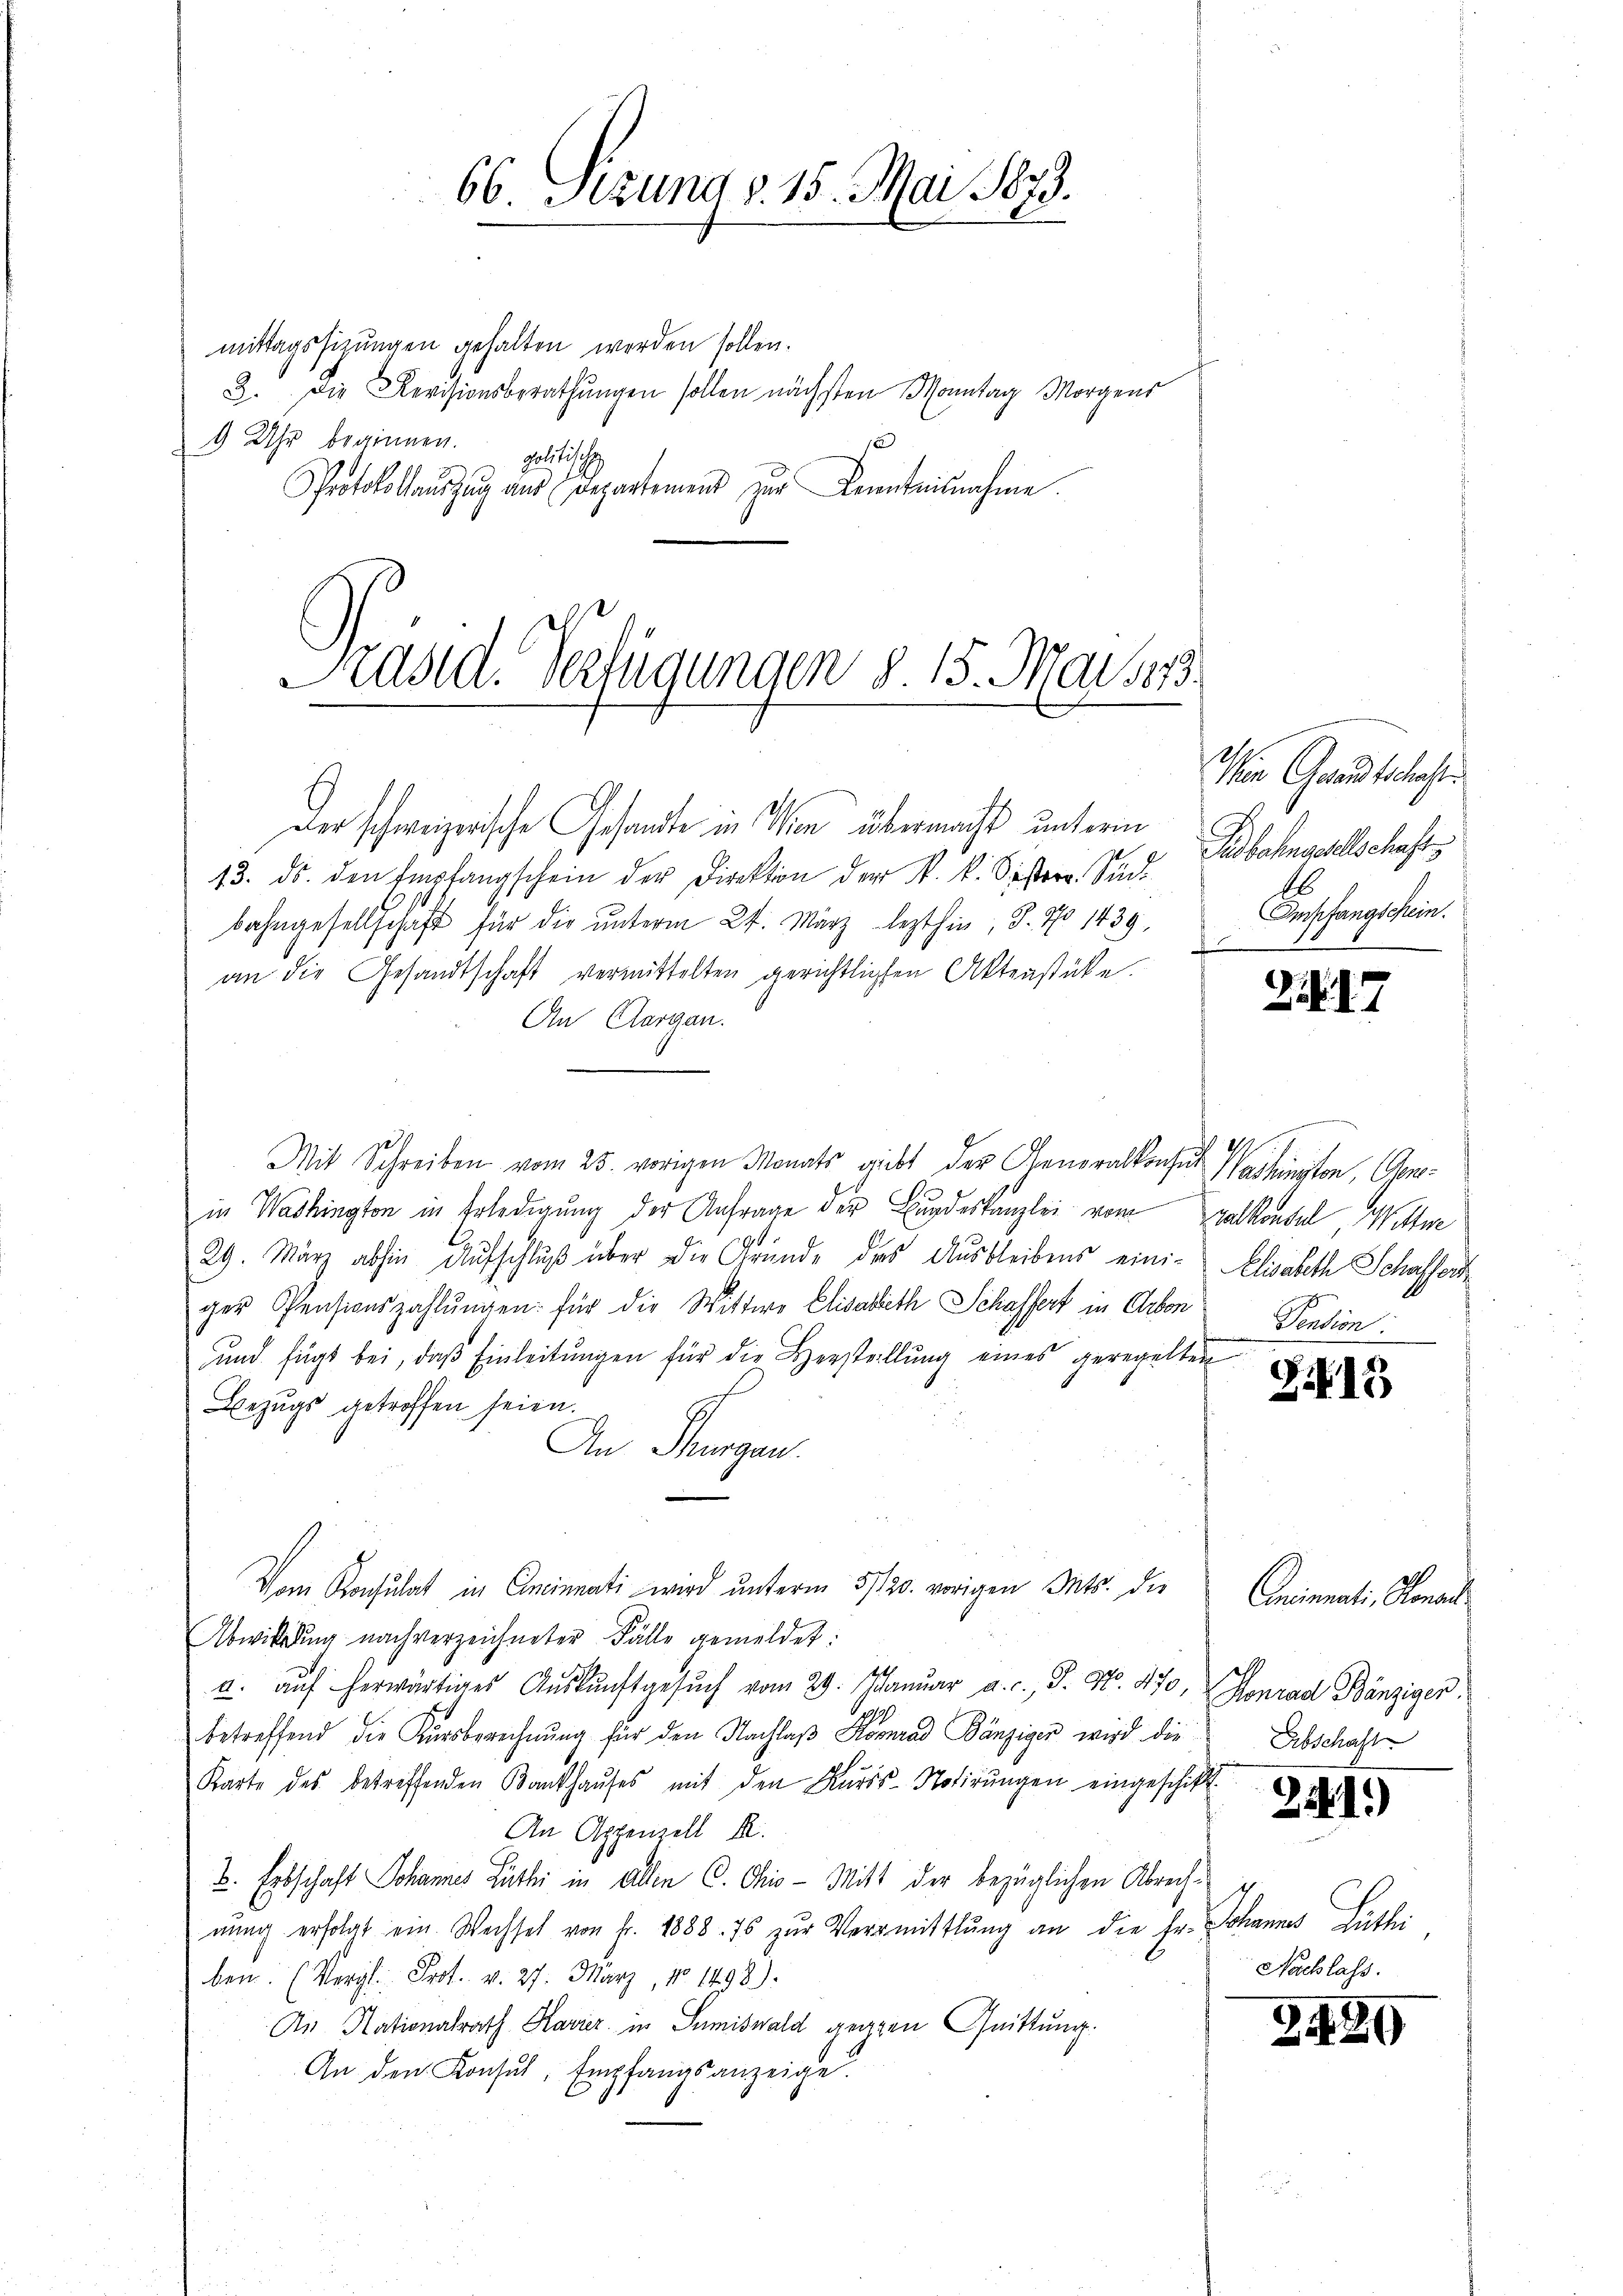
66 Sizung v. 15. Mai 1879.

mittagssizungen gehalten werden sollen.
B. Die Revisionsberathungen sollen nächsten Monntag Morgens
1 Uhr beginnen.
politisch
Protokollauszug aus Departemen zur Kenntnisnahme.

asid. Verfügungen §. 15. Mai 1873.

Der schweizerische Gesandte in Wien übermacht unterm
13. ds. den Empfangschein der Direktion der K. k. Sister. Süd
bahngesellschaft für die unterm 24. März lezthin, 8. No 1439,
an die Gesandtschaft vermittelten gerichtlichen Aktenstüke.
An Aargau.
Mit Schreiben vom 25. vorigen Monats gibt der Generalkonsul Washington, Genein Washington in Erledigung der Anfrage der Bundeskanzlei vom Balkontal Wittwe
29. März abhin Aufschluß über die Gründe das Ausbleibens eini- Elisabeth Schaffert
ger Pensionszahlŭngen: für die Wittwe Elisabeth Schaffert in Arbon
und fügt bei, daß Einleitŭngen für die Herstellung eines geregelten
Bezugs getroffen seien.
An Thurgau.
Vom Konsulat in Cincinnati wird unterm 5/120. vorigen Mts. die
Abwittelung nach verzeichneter Fälle gemeldet:
u. aŭf herwärtiges Aŭskŭnftgesŭch vom 29. Januar a. c., S. Nr. 470, Konrad Bänziger,
betreffend die Kursberechnŭng für den Nachlaβ Konrad Bänzigen wird die
Karte des betreffenden Bankhaŭses mit den Kuris-Notirŭngen eingeschickt.
An Appenzell I.
B. Erbschaft Johannes Lüthi in allen C. Chio- Mitt der bezüglichen Abrechnŭng erfolgt ein Wechsel von Fr. 1888. 76 zŭr Vermittlung an die Hr. Johannes Luther
ben. (Vergl. Prot. v. 27. März, No 1498).
An Nationalrath Kavier in Sumiswald gegen Quittung.
An den Konsul, Empfangsanzeige

n Grund ethis
Adbahngesellschafts
Empfangschein.

2.

21.
Pention:

Zif. 13

Anisati, Monat
Abschaft

2441.)

Nachlass.

2489